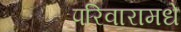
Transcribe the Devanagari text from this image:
परिवारामधे